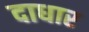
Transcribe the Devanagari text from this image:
दाधार